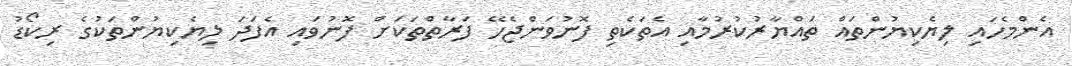
އެންމެހައި ލިޔެކިޔުންތައް ތައްޔާރުކުރުމާއި އެތަކެތި ފޮނުވަންޖެހޭ ފަރާތްތަކަށް ފޮނުވައި އެފަދަ ލިޔެކިޔުންތަކުގެ ރިކޯޑު